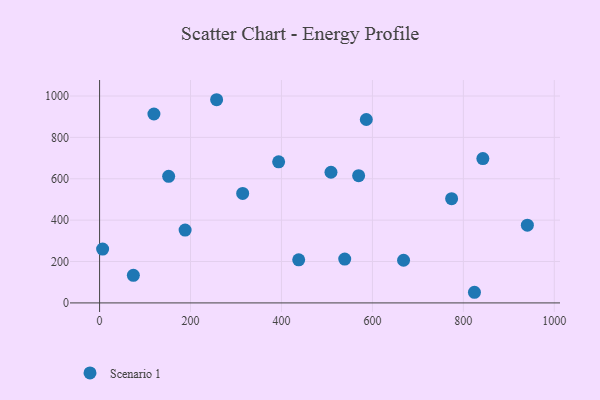
{"axis": {"x": "Price", "y": "Profit"}, "legend": ["Scenario 1"], "data": [{"x": "508.9", "y": 631.5, "type": "Scenario 1"}, {"x": "774.2", "y": 503.7, "type": "Scenario 1"}, {"x": "586.6", "y": 886.4, "type": "Scenario 1"}, {"x": "151.9", "y": 611.7, "type": "Scenario 1"}, {"x": "314.7", "y": 529.0, "type": "Scenario 1"}, {"x": "940.8", "y": 375.9, "type": "Scenario 1"}, {"x": "668.5", "y": 206.1, "type": "Scenario 1"}, {"x": "257.4", "y": 982.0, "type": "Scenario 1"}, {"x": "539.1", "y": 211.9, "type": "Scenario 1"}, {"x": "188.1", "y": 352.2, "type": "Scenario 1"}, {"x": "569.7", "y": 614.7, "type": "Scenario 1"}, {"x": "6.7", "y": 260.0, "type": "Scenario 1"}, {"x": "119.5", "y": 913.1, "type": "Scenario 1"}, {"x": "437.9", "y": 208.4, "type": "Scenario 1"}, {"x": "824.4", "y": 51.4, "type": "Scenario 1"}, {"x": "842.9", "y": 697.4, "type": "Scenario 1"}, {"x": "74.3", "y": 133.3, "type": "Scenario 1"}, {"x": "393.8", "y": 681.7, "type": "Scenario 1"}]}